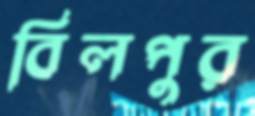
বিলপুর